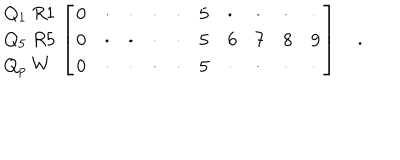
{ \begin{array} { l } { { Q _ { 1 } \ R 1 } } \\ { { Q _ { 5 } \ R 5 } } \\ { { Q _ { p } \ W } } \\ \end{array} } \left[ { \begin{array} { l l l l l l l l l l } { { 0 } } & { { \cdot } } & { { \cdot } } & { { \cdot } } & { { \cdot } } & { { 5 } } & { { \cdot } } & { { \cdot } } & { { \cdot } } & { { \cdot } } \\ { { 0 } } & { { \cdot } } & { { \cdot } } & { { \cdot } } & { { \cdot } } & { { 5 } } & { { 6 } } & { { 7 } } & { { 8 } } & { { 9 } } \\ { { 0 } } & { { \cdot } } & { { \cdot } } & { { \cdot } } & { { \cdot } } & { { 5 } } & { { \cdot } } & { { \cdot } } & { { \cdot } } & { { \cdot } } \\ \end{array} } \right] \quad .